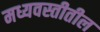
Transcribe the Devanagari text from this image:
मध्यवस्तीतील